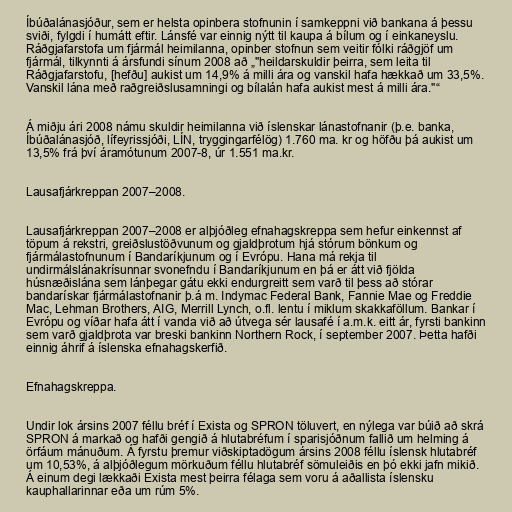
Íbúðalánasjóður, sem er helsta opinbera stofnunin í samkeppni við bankana á þessu
sviði, fylgdi í humátt eftir. Lánsfé var einnig nýtt til kaupa á bílum og í einkaneyslu.
Ráðgjafarstofa um fjármál heimilanna, opinber stofnun sem veitir fólki ráðgjöf um
fjármál, tilkynnti á ársfundi sínum 2008 að „"heildarskuldir þeirra, sem leita til
Ráðgjafarstofu, [hefðu] aukist um 14,9% á milli ára og vanskil hafa hækkað um 33,5%.
Vanskil lána með raðgreiðslusamningi og bílalán hafa aukist mest á milli ára."“

Á miðju ári 2008 námu skuldir heimilanna við íslenskar lánastofnanir (þ.e. banka,
Íbúðalánasjóð, lífeyrissjóði, LÍN, tryggingarfélög) 1.760 ma. kr og höfðu þá aukist um
13,5% frá því áramótunum 2007-8, úr 1.551 ma.kr.

Lausafjárkreppan 2007–2008.

Lausafjárkreppan 2007–2008 er alþjóðleg efnahagskreppa sem hefur einkennst af
töpum á rekstri, greiðslustöðvunum og gjaldþrotum hjá stórum bönkum og
fjármálastofnunum í Bandaríkjunum og í Evrópu. Hana má rekja til
undirmálslánakrísunnar svonefndu í Bandaríkjunum en þá er átt við fjölda
húsnæðislána sem lánþegar gátu ekki endurgreitt sem varð til þess að stórar
bandarískar fjármálastofnanir þ.á m. Indymac Federal Bank, Fannie Mae og Freddie
Mac, Lehman Brothers, AIG, Merrill Lynch, o.fl. lentu í miklum skakkaföllum. Bankar í
Evrópu og víðar hafa átt í vanda við að útvega sér lausafé í a.m.k. eitt ár, fyrsti bankinn
sem varð gjaldþrota var breski bankinn Northern Rock, í september 2007. Þetta hafði
einnig áhrif á íslenska efnahagskerfið.

Efnahagskreppa.

Undir lok ársins 2007 féllu bréf í Exista og SPRON töluvert, en nýlega var búið að skrá
SPRON á markað og hafði gengið á hlutabréfum í sparisjóðnum fallið um helming á
örfáum mánuðum. Á fyrstu þremur viðskiptadögum ársins 2008 féllu íslensk hlutabréf
um 10,53%, á alþjóðlegum mörkuðum féllu hlutabréf sömuleiðis en þó ekki jafn mikið.
Á einum degi lækkaði Exista mest þeirra félaga sem voru á aðallista íslensku
kauphallarinnar eða um rúm 5%.